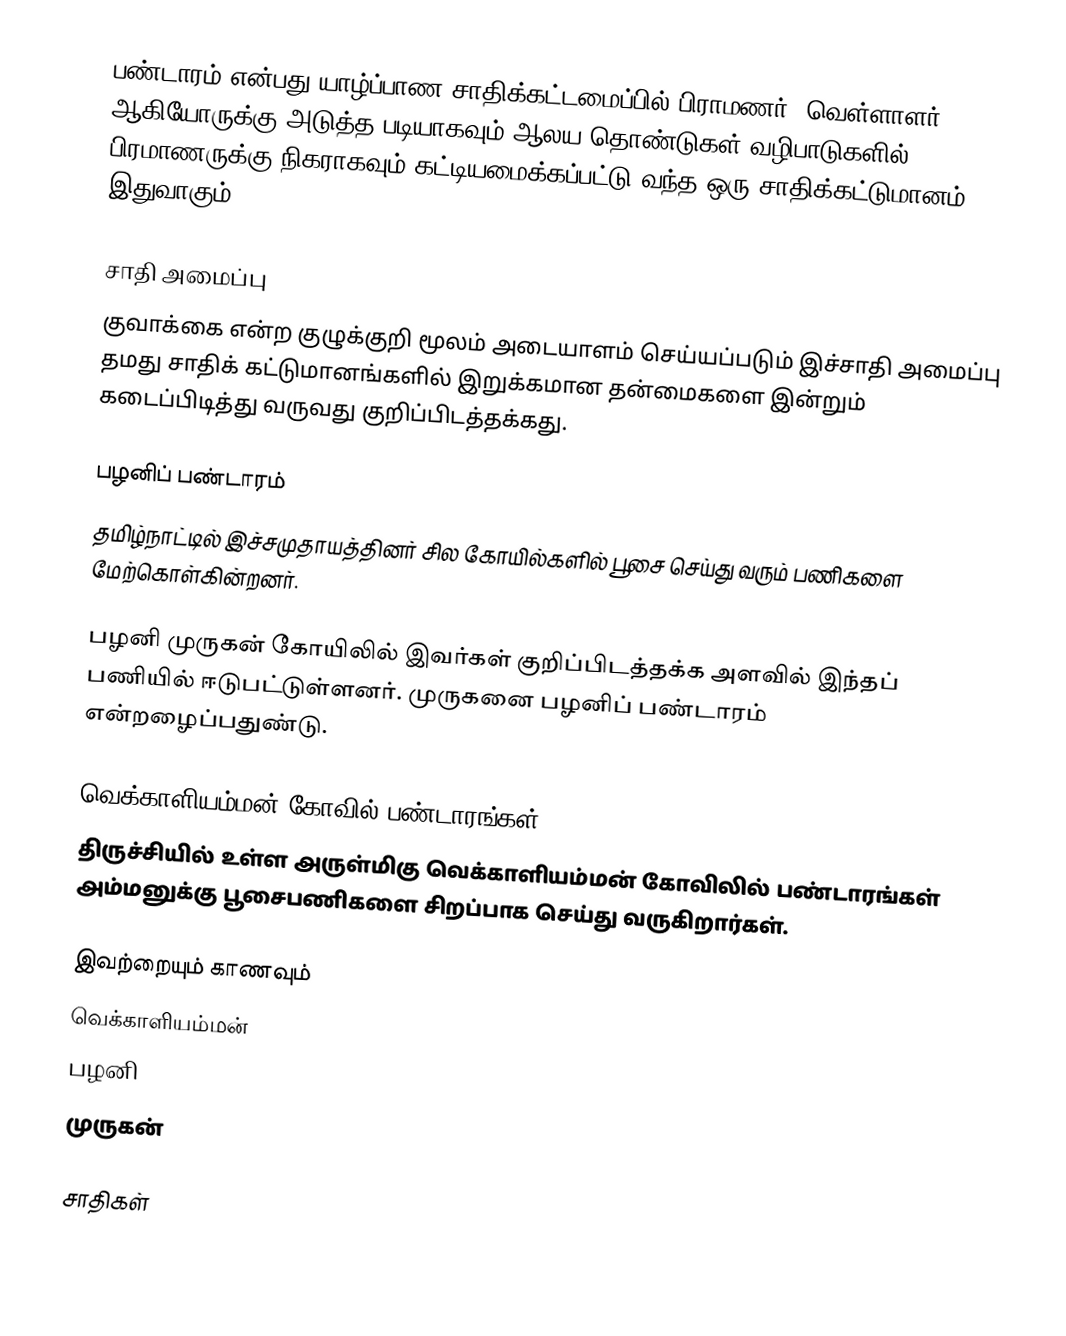
பண்டாரம் என்பது யாழ்ப்பாண சாதிக்கட்டமைப்பில் பிராமணர், வெள்ளாளர் ஆகியோருக்கு அடுத்த படியாகவும் ஆலய தொண்டுகள் வழிபாடுகளில் பிரமாணருக்கு நிகராகவும் கட்டியமைக்கப்பட்டு வந்த ஒரு சாதிக்கட்டுமானம் இதுவாகும்.

சாதி அமைப்பு
குவாக்கை என்ற குழுக்குறி மூலம் அடையாளம் செய்யப்படும் இச்சாதி அமைப்பு தமது சாதிக் கட்டுமானங்களில் இறுக்கமான தன்மைகளை இன்றும் கடைப்பிடித்து வருவது குறிப்பிடத்தக்கது.

பழனிப் பண்டாரம்
தமிழ்நாட்டில் இச்சமுதாயத்தினர் சில கோயில்களில் பூசை செய்து வரும் பணிகளை மேற்கொள்கின்றனர்.

பழனி முருகன் கோயிலில் இவர்கள் குறிப்பிடத்தக்க அளவில் இந்தப் பணியில் ஈடுபட்டுள்ளனர். முருகனை பழனிப் பண்டாரம் என்றழைப்பதுண்டு.

வெக்காளியம்மன் கோவில் பண்டாரங்கள்
திருச்சியில் உள்ள அருள்மிகு வெக்காளியம்மன் கோவிலில் பண்டாரங்கள் அம்மனுக்கு பூசைபணிகளை சிறப்பாக செய்து வருகிறார்கள்.

இவற்றையும் காணவும்
 வெக்காளியம்மன்
 பழனி
 முருகன்

சாதிகள்